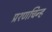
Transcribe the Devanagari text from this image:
प्रश्णचिन्ह